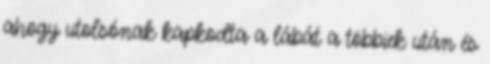
ahogy utolsónak kapkodta a lábát a többiek után és